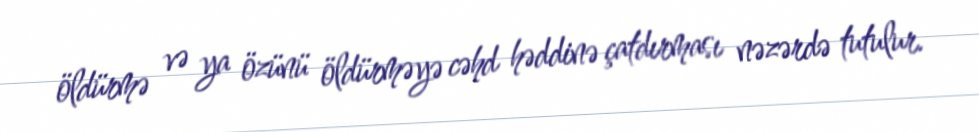
öldürmə və ya özünü öldürməyə cəhd həddinə çatdırması nəzərdə tutulur.